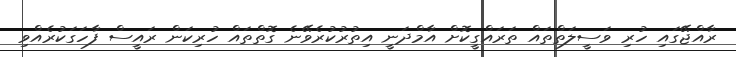
ރާއްޖޭގައި ހުރި ވަސީލަތްތައް ތަަރައްގީކޮށް އާމްދަނީ އިތުރުކުރެވޭނެ ގޮތްތައް ހުރިކަން ރައީސް ފާހަގަކުރެއްވި